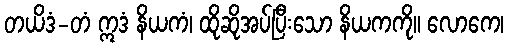
တယိဒံ-တံ ဣဒံ နိယကံ၊ ထိုဆိုအပ်ပြီးသော နိယကကို။ လောကေ၊